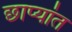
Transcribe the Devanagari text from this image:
छाप्यांत